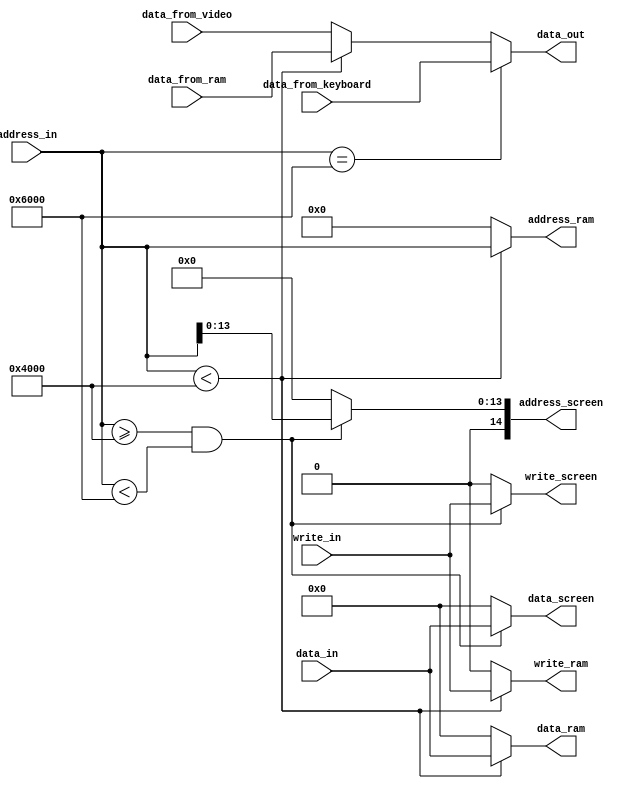
module arbitrator(
    // Input memory data (to write)
    input   wire    [14:0]  address_in,
	 input  wire    [15:0] data_in,
	 input  wire    write_in,
	 
	 // Input memory data (to read)
	 input wire [15:0] data_from_keyboard,
	 input wire [15:0] data_from_ram,	
	 input wire [15:0] data_from_video,
    
	 // Route to screen
	 output   wire    [14:0]  address_screen,
	 output   wire    [15:0] data_screen,
    output   wire    write_screen,
	 
	 // Route to ram
	 output   wire    [14:0]  address_ram,
	 output   wire    [15:0] data_ram,
    output   wire    write_ram,
	 
	 // Data read
	 output wire [15:0] data_out
);
wire [15:0] tmp;

assign address_ram = (address_in < 16384) ? address_in : 15'h0;
assign data_ram = (address_in < 16384) ? data_in : 16'h0;
assign write_ram = (address_in < 16384) ? write_in : 1'h0;

assign address_screen = (address_in >= 16384 && address_in < 24576) ? (address_in[13:0]) : 15'h0;
assign data_screen = (address_in >= 16384 && address_in < 24576) ? data_in : 16'h0;
assign write_screen = (address_in >= 16384 && address_in < 24576) ? write_in : 1'h0;

assign tmp = (address_in < 16384) ? data_from_ram : data_from_video;
assign data_out = (address_in == 24576) ? data_from_keyboard : tmp;

endmodule